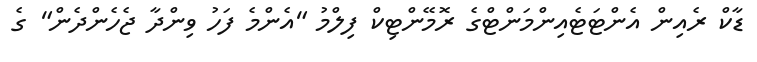
ޑާކް ރެއިން އެންޓަޓެއިންމަންޓްގެ ރޮމޭންޓިކް ފިލްމު "އެންމެ ފަހު ވިންދާ ޖެހެންދެން" ގެ